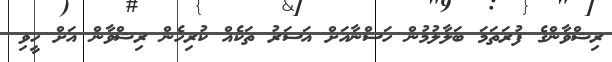
ރިޝްވާންގެ ފުރަތަމަ ބަލާލުމުން ހަސްނާއަށް އަސަރު ތަކެއް ކުރިހެން ރިޝްވާން އަށް ހީވި